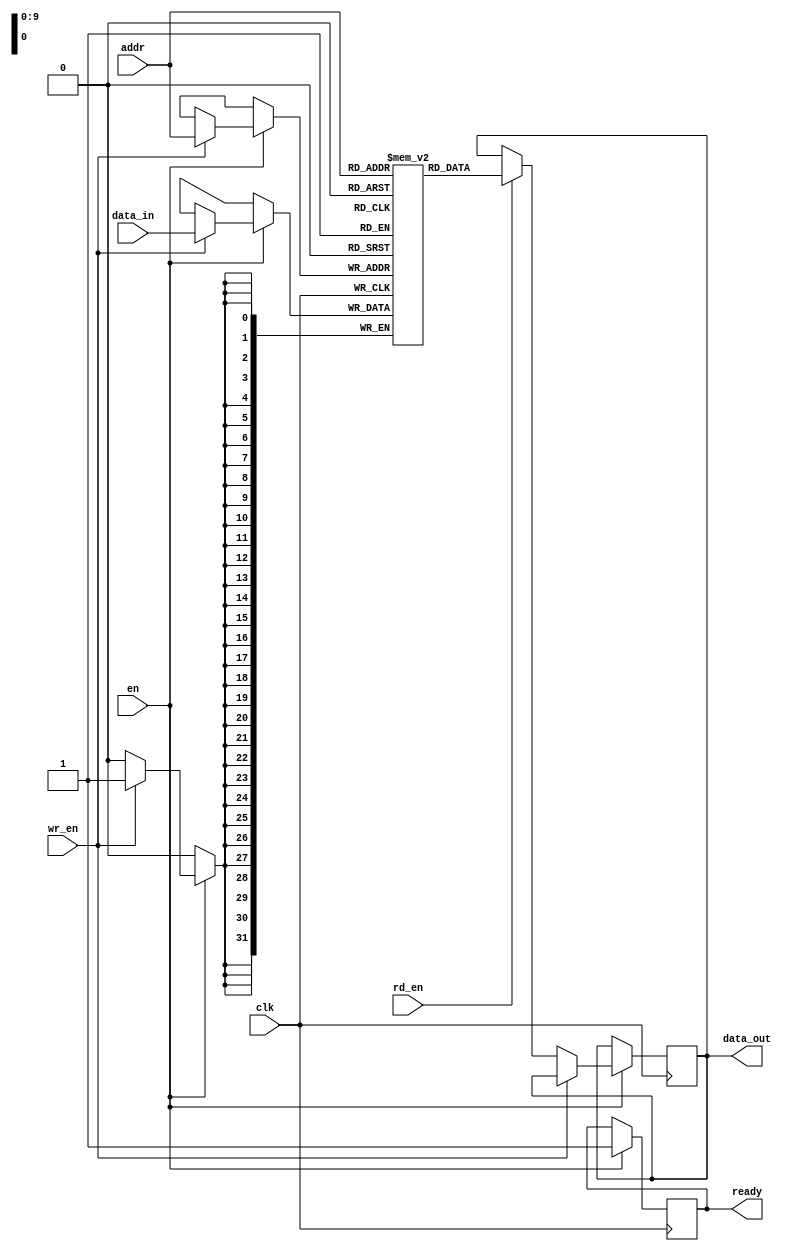
module sync_sram #(
    parameter DATA_WIDTH = 32,     // Configurable data bus width (8, 16, 32, 64)
    parameter ADDR_WIDTH = 10,     // Configurable address width (8, 10, 12)
    parameter MEMORY_DEPTH = 1024   // Configurable memory depth (256, 512, 1024, etc.)
)(
    input  wire clk,               // Clock signal
    input  wire en,                // Enable signal
    input  wire rd_en,             // Read enable signal
    input  wire wr_en,             // Write enable signal
    input  wire [ADDR_WIDTH-1:0] addr,  // Address input
    input  wire [DATA_WIDTH-1:0] data_in, // Data input
    output reg [DATA_WIDTH-1:0] data_out, // Data output
    output reg ready               // Ready signal
);
    
    // Internal Memory Array
    reg [DATA_WIDTH-1:0] memory [0:MEMORY_DEPTH-1];

    // Initialize the ready signal
    initial begin
        ready = 1'b0;
    end

    // Memory operation
    always @(posedge clk) begin
        if (en) begin
            ready <= 1'b0; // Set ready low during operation
            
            if (wr_en) begin
                // Write operation
                memory[addr] <= data_in;
            end
            else if (rd_en) begin
                // Read operation
                data_out <= memory[addr];
            end
            
            ready <= 1'b1; // Set ready high after operation
        end
    end

endmodule